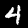
Digit: 4